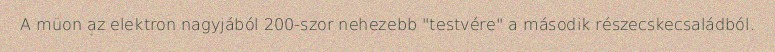
A müon az elektron nagyjából 200-szor nehezebb "testvére" a második részecskecsaládból.